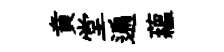
賁堂遍蘊